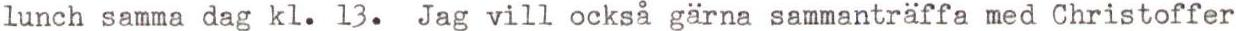
lunch samma dag kl. 13.  Jag vill också gärna sammanträffa med Christoffer